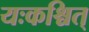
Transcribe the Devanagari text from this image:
यःकश्चित्